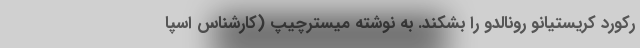
رکورد کریستیانو رونالدو را بشکند. به نوشته میسترچیپ (کارشناس اسپا